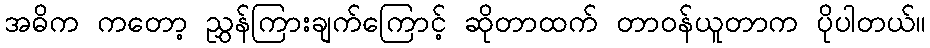
အဓိက ကတော့ ညွှန်ကြားချက်ကြောင့် ဆိုတာထက် တာဝန်ယူတာက ပိုပါတယ်။